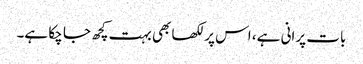
بات پرانی ہے، اس پر لکھا بھی بہت کچھ جا چکا ہے۔